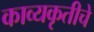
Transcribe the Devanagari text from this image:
काव्यकृतीचे